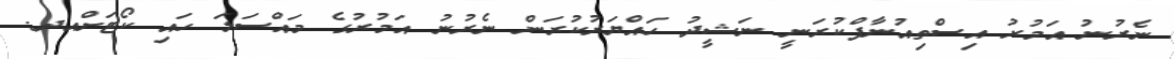
ނެރުނު އަމުރު އިސްތިއުނާފްކުރަނީ ނަޝީދު ހައްޔަރުކުރަން ނެރުނު އަމުރުގެ މައްސަލަ ހައި ކޯޓަށްއދ.